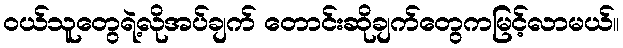
ဝယ်သူတွေရဲ့လိုအပ်ချက် တောင်းဆိုချက်တွေကမြင့်လာမယ်။